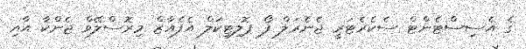
ގެ އެސިސްޓެންޓް ސެކެރެޓަރީ ޖެނެރަލް ފޯ ޕޮލިޓިކަލް އެފެއާޒް މިރޮސްލޭވް ޖެންކާ އާއި